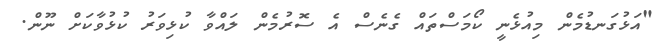
"އަޅުގަނޑުމެން މިއުޅެނީ ކޯމަސްތައް ގެނެސް އެ ސޮރުމެން ލައްވާ ކުޅިވަރު ކުޅުވާކަށް ނޫން.